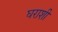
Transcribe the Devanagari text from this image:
घराशी